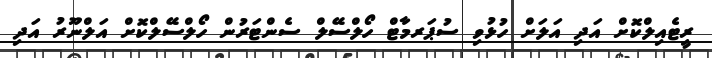
ރީޓެއިލްކޮށް އަދި އަލަށް ހުޅުވި ސުޕަރމާޓް ހޯލްސޭލް ސެންޓަރުން ހޯލްސޭލްކޮށް އަލްނޫރު އަދި